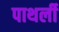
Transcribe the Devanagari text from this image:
पाथर्ली